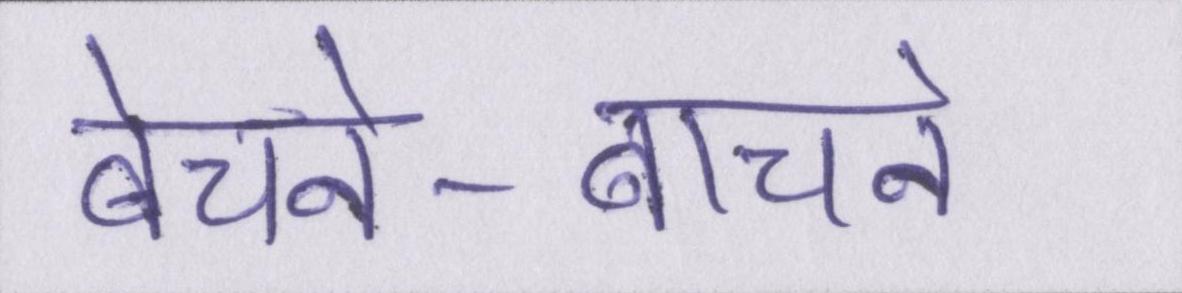
बेचने-बाचने